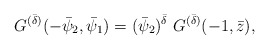
\begin{align*}G^{(\bar{\delta})}(-\bar{\psi}_{2},\bar{\psi}_{1})=(\bar{\psi}_{2})^{\bar{\delta}}~G^{(\bar{\delta})}(-1,\bar{z}),\end{align*}